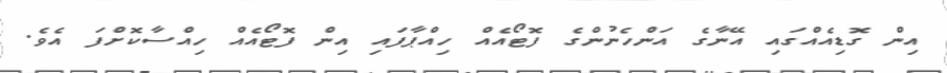
އިން ގޮޑިއެއްގައި އޭނާގެ އަންހެނުންގެ ފޮޓޯއެއް ހިއްޕާފައި އިން ފޮޓޯއެއް ހިއްސާކޮށްފަ އެވެ.